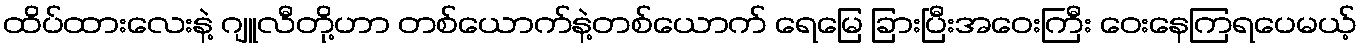
ထိပ်ထားလေးနဲ့ ဂျူလီတို့ဟာ တစ်ယောက်နဲ့တစ်ယောက် ရေမြေ ခြားပြီးအဝေးကြီး ဝေးနေကြရပေမယ့်